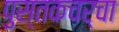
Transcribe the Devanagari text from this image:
पुस्तकचर्चा